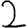
Digit: 2